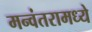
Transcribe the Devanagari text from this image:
मन्वंतरामध्ये